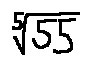
\sqrt [ 5 ] { 5 5 }